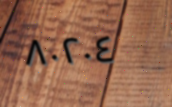
٨٠٢٠٤